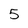
Character: 5